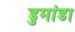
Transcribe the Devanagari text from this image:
डुमांडा